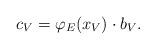
LaTeX: \begin{align*}c_V = \varphi_E(x_V) \cdot b_V.\end{align*}